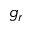
g _ { r }